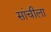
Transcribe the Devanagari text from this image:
सांचीला